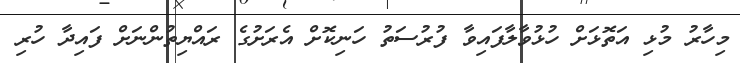
މިހާރު މުޅި އަތޮޅަށް ހުޅުވާލާފައިވާ ފުރުސަތު ހަނިކޮށް އެރަށުގެ ރައްޔިތުންނަށް ފައިދާ ހުރި